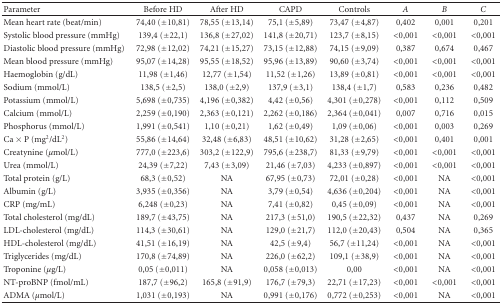
<table><thead><tr><td><b> Parameter</b></td><td><b>Before HD</b></td><td><b>After HD</b></td><td><b>CAPD</b></td><td><b>Controls</b></td><td><b><i>A</i></b></td><td><b><i>B</i></b></td><td><b><i>C</i></b></td></tr></thead><tbody><tr><td>Mean heart rate (beat/min)</td><td>74,40 (±10,81)</td><td>78,55 (±13,14)</td><td>75,1 (±5,89)</td><td>73,47 (±4,87)</td><td>0,402</td><td>0,001</td><td>0,201</td></tr><tr><td>Systolic blood pressure (mmHg)</td><td>139,4 (±22,1)</td><td>136,8 (±27,02)</td><td>141,8 (±20,71)</td><td>123,7 (±8,15)</td><td>&lt;0,001</td><td>&lt;0,001</td><td>&lt;0,001</td></tr><tr><td>Diastolic blood pressure (mmHg)</td><td>72,98 (±12,02)</td><td>74,21 (±15,27)</td><td>73,15 (±12,88)</td><td>74,15 (±9,09)</td><td>0,387</td><td>0,674</td><td>0,467</td></tr><tr><td>Mean blood pressure (mmHg)</td><td>95,07 (±14,28)</td><td>95,55 (±18,52)</td><td>95,96 (±13,89)</td><td>90,60 (±3,74)</td><td>&lt;0,001</td><td>&lt;0,001</td><td>&lt;0,001</td></tr><tr><td>Haemoglobin (g/dL)</td><td>11,98 (±1,46)</td><td>12,77 (±1,54)</td><td>11,52 (±1,26)</td><td>13,89 (±0,81)</td><td>&lt;0,001</td><td>&lt;0,001</td><td>&lt;0,001</td></tr><tr><td>Sodium (mmol/L)</td><td>138,5 (±2,5)</td><td>138,0 (±2,9)</td><td>137,9 (±3,1)</td><td>138,4 (±1,7)</td><td>0,583</td><td>0,236</td><td>0,482</td></tr><tr><td>Potassium (mmol/L)</td><td>5,698 (±0,735)</td><td>4,196 (±0,382)</td><td>4,42 (±0,56)</td><td>4,301 (±0,278)</td><td>&lt;0,001</td><td>0,112</td><td>0,509</td></tr><tr><td>Calcium (mmol/L)</td><td>2,259 (±0,190)</td><td>2,363 (±0,121)</td><td>2,262 (±0,186)</td><td>2,364 (±0,041)</td><td>0,007</td><td>0,716</td><td>0,015</td></tr><tr><td>Phosphorus (mmol/L)</td><td>1,991 (±0,541)</td><td>1,10 (±0,21)</td><td>1,62 (±0,49)</td><td>1,09 (±0,06)</td><td>&lt;0,001</td><td>0,003</td><td>0,269</td></tr><tr><td>Ca × P (mg2/dL2)</td><td>55,86 (±14,64)</td><td>32,48 (±6,83)</td><td>48,51 (±10,62)</td><td>31,28 (±2,65)</td><td>&lt;0,001</td><td>0,401</td><td>0,001</td></tr><tr><td>Creatynine (<i>μ</i>mol/L)</td><td>777,0 (±223,6)</td><td>303,2 (±122,9)</td><td>795,6 (±238,7)</td><td>81,33 (±9,79)</td><td>&lt;0,001</td><td>&lt;0,001</td><td>&lt;0,001</td></tr><tr><td>Urea (mmol/L)</td><td>24,39 (±7,22)</td><td>7,43 (±3,09)</td><td>21,46 (±7,03)</td><td>4,233 (±0,897)</td><td>&lt;0,001</td><td>&lt;0,001</td><td>&lt;0,001</td></tr><tr><td>Total protein (g/L)</td><td>68,3 (±0,52)</td><td>NA</td><td>67,95 (±0,73)</td><td>72,01 (±0,28)</td><td>&lt;0,001</td><td>NA</td><td>&lt;0,001</td></tr><tr><td>Albumin (g/L)</td><td>3,935 (±0,356)</td><td>NA</td><td>3,79 (±0,54)</td><td>4,636 (±0,204)</td><td>&lt;0,001</td><td>NA</td><td>&lt;0,001</td></tr><tr><td>CRP (mg/mL)</td><td>6,248 (±0,23)</td><td>NA</td><td>7,41 (±0,82)</td><td>0,45 (±0,09)</td><td>&lt;0,001</td><td>NA</td><td>&lt;0,001</td></tr><tr><td>Total cholesterol (mg/dL)</td><td>189,7 (±43,75)</td><td>NA</td><td>217,3 (±51,0)</td><td>190,5 (±22,32)</td><td>0,437</td><td>NA</td><td>0,269</td></tr><tr><td>LDL-cholesterol (mg/dL)</td><td>114,3 (±30,61)</td><td>NA</td><td>129,0 (±21,7)</td><td>112,0 (±20,43)</td><td>0,504</td><td>NA</td><td>0,365</td></tr><tr><td>HDL-cholesterol (mg/dL)</td><td>41,51 (±16,19)</td><td>NA</td><td>42,5 (±9,4)</td><td>56,7 (±11,24)</td><td>&lt;0,001</td><td>NA</td><td>&lt;0,001</td></tr><tr><td>Triglycerides (mg/dL)</td><td>170,8 (±74,89)</td><td>NA</td><td>226,0 (±62,2)</td><td>109,1 (±38,9)</td><td>&lt;0,001</td><td>NA</td><td>&lt;0,001</td></tr><tr><td>Troponine (<i>μ</i>g/L)</td><td>0,05 (±0,011)</td><td>NA</td><td>0,058 (±0,013)</td><td>0,00</td><td>&lt;0,001</td><td>NA</td><td>&lt;0,001</td></tr><tr><td>NT-proBNP (fmol/mL)</td><td>187,7 (±96,2)</td><td>165,8 (±91,9)</td><td>176,7 (±79,3)</td><td>22,71 (±17,23)</td><td>&lt;0,001</td><td>&lt;0,001</td><td>&lt;0,001</td></tr><tr><td>ADMA (<i>μ</i>mol/L)</td><td>1,031 (±0,193)</td><td>NA</td><td>0,991 (±0,176)</td><td>0,772 (±0,253)</td><td>&lt;0,001</td><td>NA</td><td>&lt;0,001</td></tr></tbody></table>